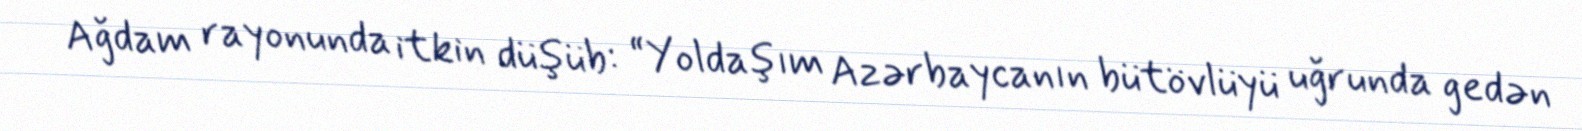
Ağdam rayonunda itkin düşüb: “Yoldaşım Azərbaycanın bütövlüyü uğrunda gedən